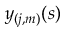
y _ { ( j , m ) } ( s )